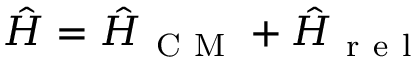
\hat { H } = \hat { H } _ { \mathrm { ~ C ~ M ~ } } + \hat { H } _ { \mathrm { ~ r ~ e ~ l ~ } }